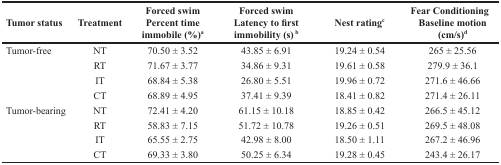
<table><thead><tr><td><b>Tumor status</b></td><td><b>Treatment</b></td><td><b>Forced swimPercent timeimmobile(%)<sup>a</sup></b></td><td><b>Forced swim Latency to firstimmobility (s) <sup>b</sup></b></td><td><b>Nest rating<sup>c</sup></b></td><td><b>Fear ConditioningBaseline motion (cm/s)<sup>d</sup></b></td></tr></thead><tbody><tr><td>Tumor-free</td><td>NT</td><td>70.50 ± 3.52</td><td>43.85 ± 6.91</td><td>19.24 ± 0.54</td><td>265 ± 25.56</td></tr><tr><td></td><td>RT</td><td>71.67 ± 3.77</td><td>34.86 ± 9.31</td><td>19.61 ± 0.58</td><td>279.9 ± 36.1</td></tr><tr><td></td><td>IT</td><td>68.84 ± 5.38</td><td>26.80 ± 5.51</td><td>19.96 ± 0.72</td><td>271.6 ± 46.66</td></tr><tr><td></td><td>CT</td><td>68.89 ± 4.95</td><td>37.41 ± 9.39</td><td>18.41 ± 0.82</td><td>271.4 ± 26.11</td></tr><tr><td>Tumor-bearing</td><td>NT</td><td>72.41 ± 4.20</td><td>61.15 ± 10.18</td><td>18.85 ± 0.42</td><td>266.5 ± 45.12</td></tr><tr><td></td><td>RT</td><td>58.83 ± 7.15</td><td>51.72 ± 10.78</td><td>19.26 ± 0.51</td><td>269.5 ± 48.08</td></tr><tr><td></td><td>IT</td><td>65.55 ± 2.75</td><td>42.98 ± 8.00</td><td>18.50 ± 1.11</td><td>267.2 ± 46.96</td></tr><tr><td></td><td>CT</td><td>69.33 ± 3.80</td><td>50.25 ± 6.34</td><td>19.28 ± 0.45</td><td>243.4 ± 26.17</td></tr></tbody></table>